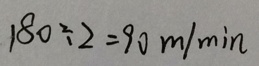
1 8 0 \div 2 = 9 0 m / \min